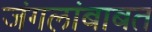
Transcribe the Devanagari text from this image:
जंगलांबाबत